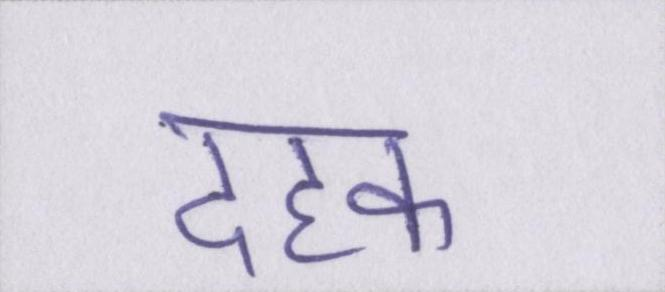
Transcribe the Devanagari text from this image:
दहक